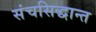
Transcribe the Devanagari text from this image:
संचसिद्धान्त